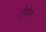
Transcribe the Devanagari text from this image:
दीशेला